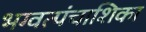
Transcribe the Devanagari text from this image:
भग्वत्पंचाशिका